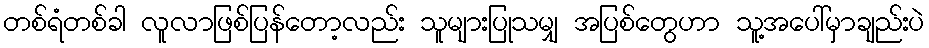
တစ်ရံတစ်ခါ လူလာဖြစ်ပြန်တော့လည်း သူများပြုသမျှ အပြစ်တွေဟာ သူ့အပေါ်မှာချည်းပဲ